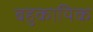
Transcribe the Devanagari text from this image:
बहुकायिक